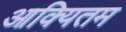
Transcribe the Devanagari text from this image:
आक्यितम